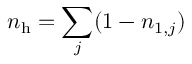
n _ { \mathrm { h } } = \sum _ { j } ( 1 - n _ { 1 , j } )